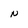
Character: N